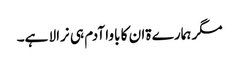
مگر ہمارے ۃان کا باوا آدم ہی نرالا ہے۔